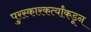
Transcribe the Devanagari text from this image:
पुरस्कारकर्त्यांकडून